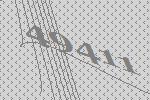
49411